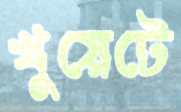
খুয়েটে